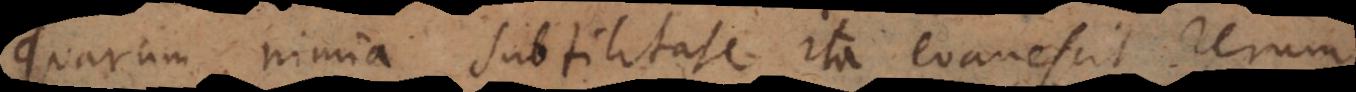
quarum nimia subtilitate ita evanescit rerum